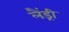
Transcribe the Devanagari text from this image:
लैंड्री